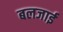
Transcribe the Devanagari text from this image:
बलजाई